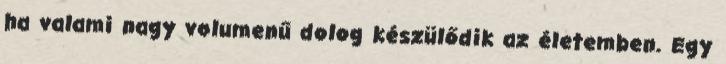
ha valami nagy volumenű dolog készülődik az életemben. Egy